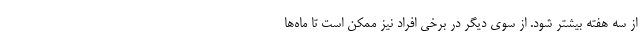
از سه هفته بیشتر شود. از سوی دیگر در برخی افراد نیز ممکن است تا ماه‌ها